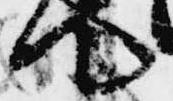
て